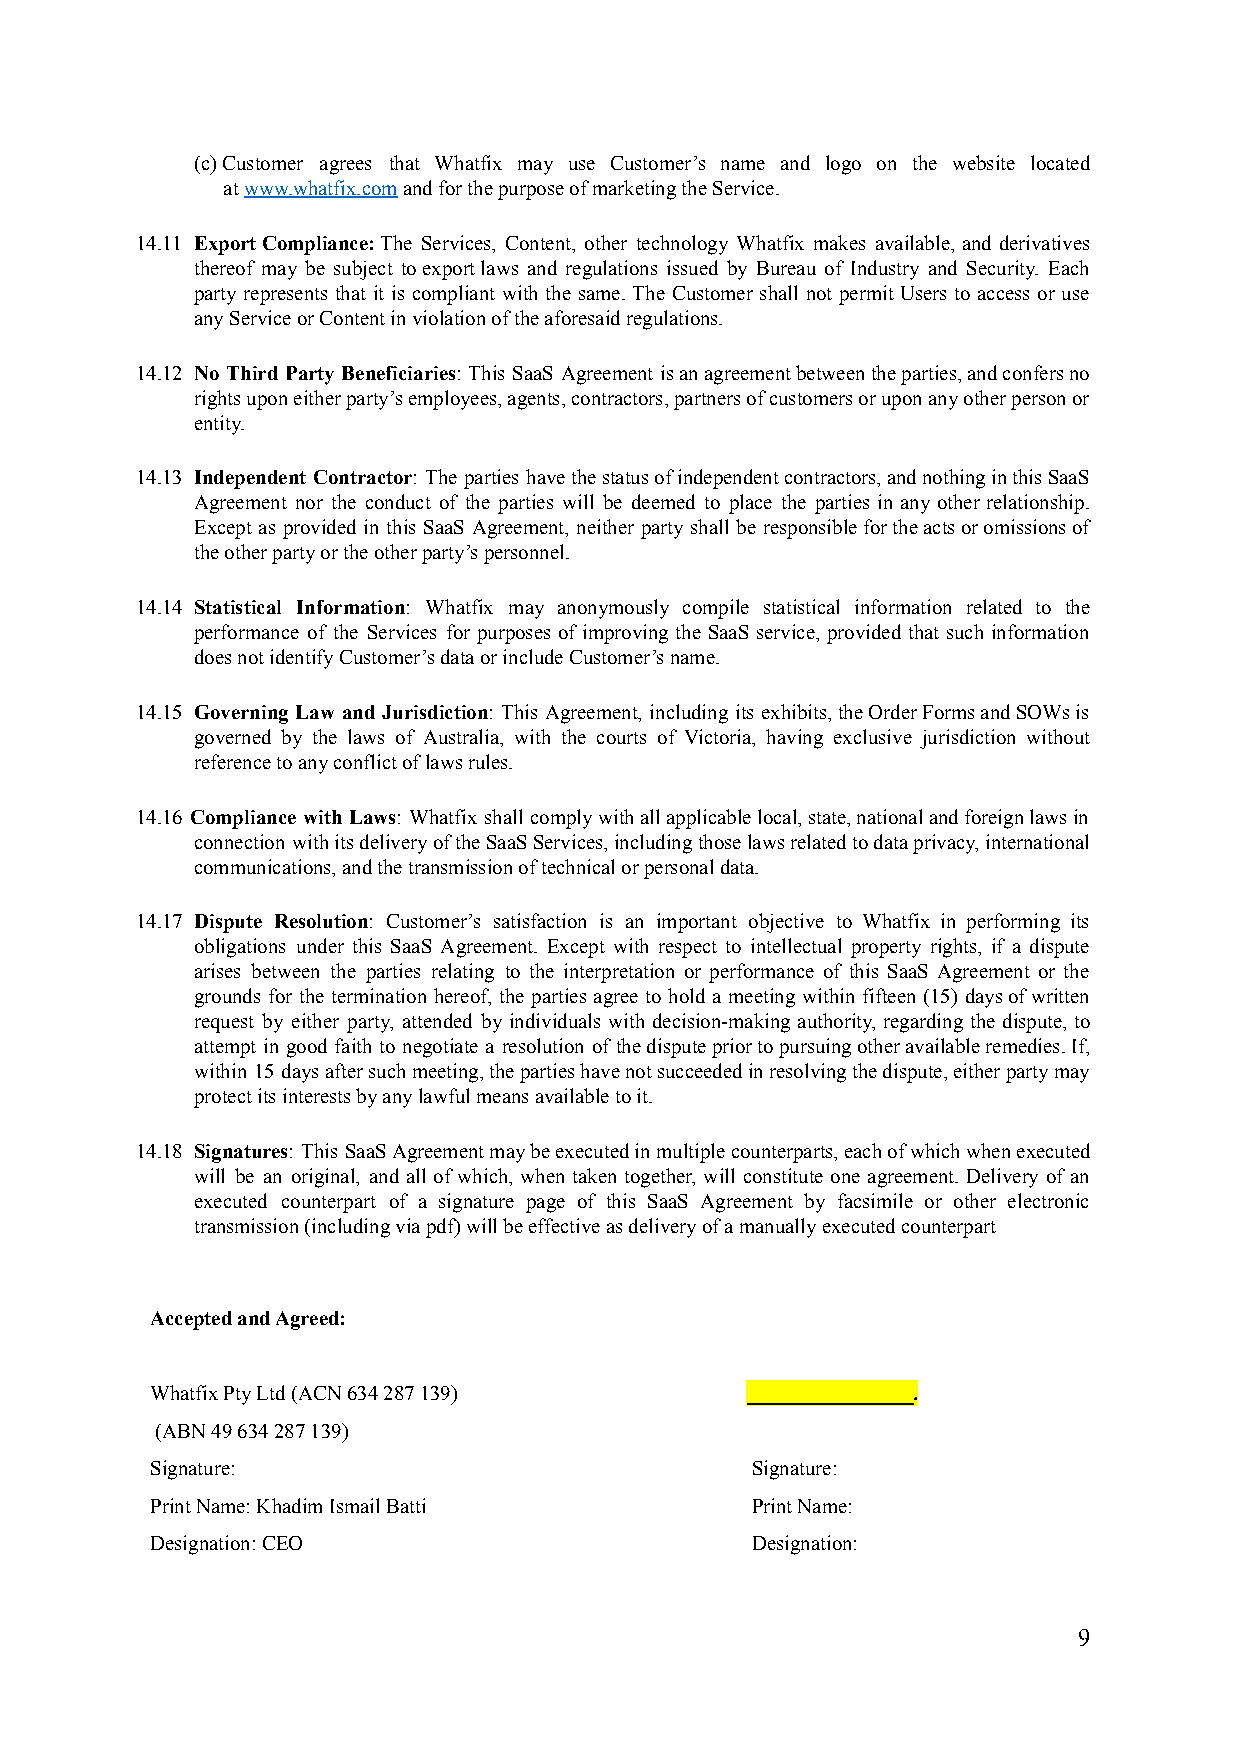
(c) Customer agrees that Whatfix may use Customer’s name and logo on the website located
 at www.whatfix.com and for the purpose of marketingthe Service.
 14.11 Export Compliance: The Services, Content, other technology Whatfix makes available, and derivatives
 thereof may be subject to export laws and regulations issued by Bureau of Industry and Security. Each
 party represents that it is compliant with the same. The Customer shall not permit Users to access or use
 any Service or Content in violation of the aforesaid regulations.
 14.12 No Third Party Beneficiaries: This SaaS Agreement isanagreementbetweentheparties,andconfersno
 rightsuponeitherparty’semployees,agents,contractors,partnersofcustomersoruponanyotherpersonor
 entity.
 14.13 Independent Contractor: The parties havethestatusofindependentcontractors,andnothinginthisSaaS
 Agreement nor the conduct of the parties will be deemed to place the parties in any other relationship.
 Except as provided in this SaaS Agreement, neither party shall be responsiblefortheactsoromissionsof
 the other party or the other party’s personnel.
 14.14 Statistical Information: Whatfix may anonymously compile statistical information related to the
 performance of the Services for purposes of improving the SaaS service, provided that such information
 does not identify Customer’s data or include Customer’s name.
 14.15 Governing Law and Jurisdiction: This Agreement, including its exhibits,theOrderFormsandSOWsis
 governed by the laws of Australia, with the courts of Victoria, having exclusive jurisdiction without
 reference to any conflict of laws rules.
 14.16 Compliance with Laws: Whatfix shall complywithallapplicablelocal,state,nationalandforeignlawsin
 connection withitsdeliveryoftheSaaSServices,includingthoselawsrelatedtodataprivacy,international
 communications, and the transmission of technical or personal data.
 14.17 Dispute Resolution: Customer’s satisfaction is an important objective to Whatfix in performing its
 obligations under this SaaS Agreement. Except with respect to intellectual property rights, if a dispute
 arises between the parties relating to the interpretation or performance of this SaaS Agreement or the
 grounds for the termination hereof, the parties agree to hold a meeting within fifteen (15) daysofwritten
 request by either party, attended by individuals with decision-making authority, regarding the dispute, to
 attempt in good faith to negotiate a resolution of thedisputepriortopursuingotheravailableremedies.If,
 within 15 daysaftersuchmeeting,thepartieshavenotsucceededinresolvingthedispute,eitherpartymay
 protect its interests by any lawful means available to it.
 14.18 Signatures: This SaaSAgreementmaybeexecutedinmultiplecounterparts,eachofwhichwhenexecuted
 will be an original, and all of which, when taken together, will constitute one agreement. Delivery of an
 executed counterpart of a signature page of this SaaS Agreement by facsimile or other electronic
 transmission (including via pdf) will be effective as delivery of a manually executed counterpart
 Accepted and Agreed:
 Whatfix Pty Ltd (ACN 634 287 139)      ________________.
 (ABN 49 634 287 139)
 Signature:                              Signature:
 Print Name: Khadim Ismail Batti         Print Name:
 Designation: CEO                        Designation:
 9